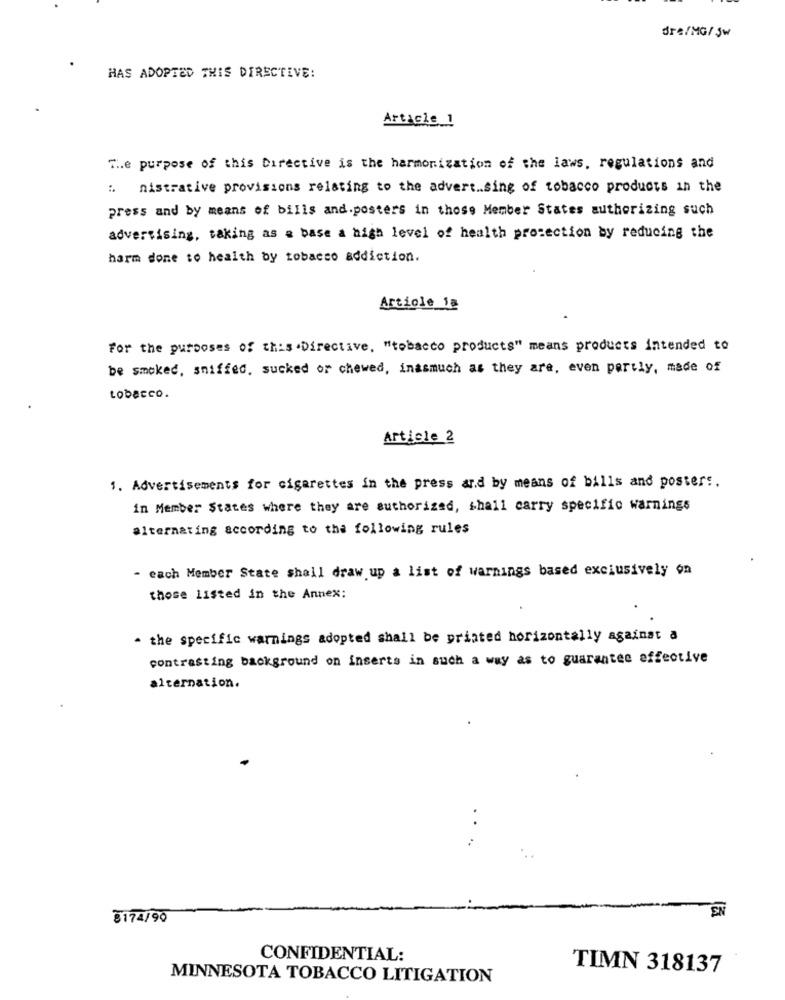
dre/MG/jw
HAS ADOPTED THIS DIRECTIVE:
Article 1
The purpose of this Directive is the harmonization of the laws, regulations and
: nistrative provisions relating to the advert .. sing of tobacco products in the
press and by means of bills and.posters in those Member States authorizing such
advertising, taking as a base a high level of health protection by reducing the
harm done to health by tobacco addiction.
Article 1ª
For the purposes of this Directive, "tobacco products" means products intended to
be smoked, sniffed, sucked or chewed, inasmuch as they are, even partly, made of
tobacco.
Article 2
1. Advertisements for cigarettes in the press and by means of bills and posters.
in Member States where they are authorized, shall carry specific warnings
alternating according to the following rules
- each Member State shall draw up a list of warnings based exclusively on
those listed in the Annex:
- the specific warnings adopted shall be printed horizontally against a
contrasting background on inserts in such a way as to guarantee effective
alternation.
EN
8174/90
CONFIDENTIAL:
TIMN 318137
MINNESOTA TOBACCO LITIGATION